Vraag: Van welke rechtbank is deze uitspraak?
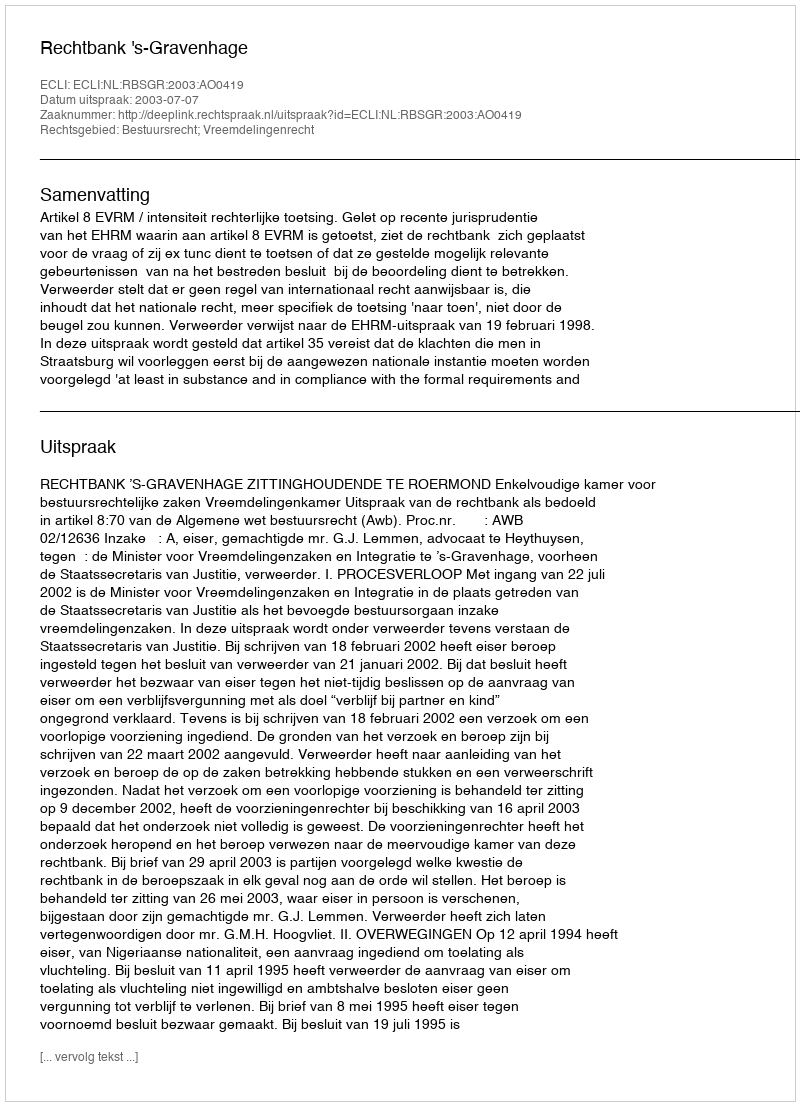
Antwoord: Rechtbank 's-Gravenhage